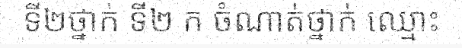
ទី២ថ្នាក់ ទី២ ក ចំណាត់ថ្នាក់ ឈ្មោះ